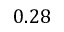
0 . 2 8